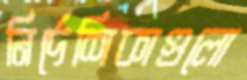
নির্দেশিকাগুলো